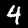
Digit: 4